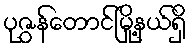
ပုဇွန်တောင်မြို့နယ်ရှိ